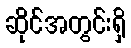
ဆိုင်အတွင်းရှိ